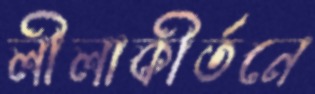
লীলাকীর্তনে